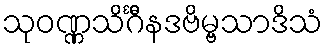
သုဝဏ္ဏသိင်္ဂီနဒဗိမ္ဗသာဒိသံ